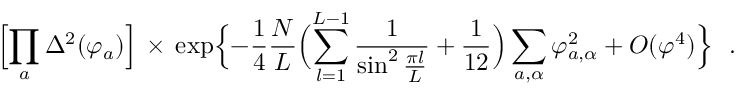
\Bigl [ \prod _ { a } \Delta ^ { 2 } ( \varphi _ { a } ) \Bigr ] \, \times \, \exp \Bigl \{ - { \frac { 1 } { 4 } } { \frac { N } { L } } \Bigl ( \sum _ { l = 1 } ^ { L - 1 } { \frac { 1 } { \sin ^ { 2 } { \frac { \pi l } { L } } } } + { \frac { 1 } { 1 2 } } \Bigr ) \sum _ { a , \alpha } \varphi _ { a , \alpha } ^ { 2 } + O ( \varphi ^ { 4 } ) \Bigr \} ~ ~ .